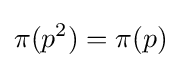
\pi (p^{2})=\pi (p)